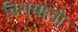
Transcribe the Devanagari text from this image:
विशयाची